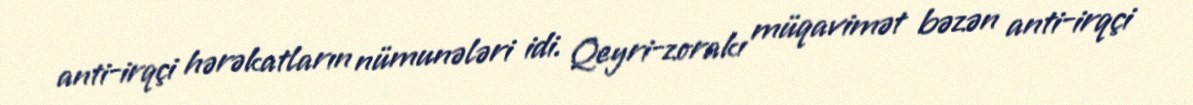
anti-irqçi hərəkatların nümunələri idi. Qeyri-zorakı müqavimət bəzən anti-irqçi